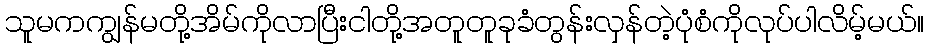
သူမကကျွန်မတို့အိမ်ကိုလာပြီးငါတို့အတူတူခုခံတွန်းလှန်တဲ့ပုံစံကိုလုပ်ပါလိမ့်မယ်။